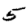
Digit: 5